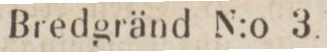
Bredgränd N:o 3.